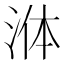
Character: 𭰟